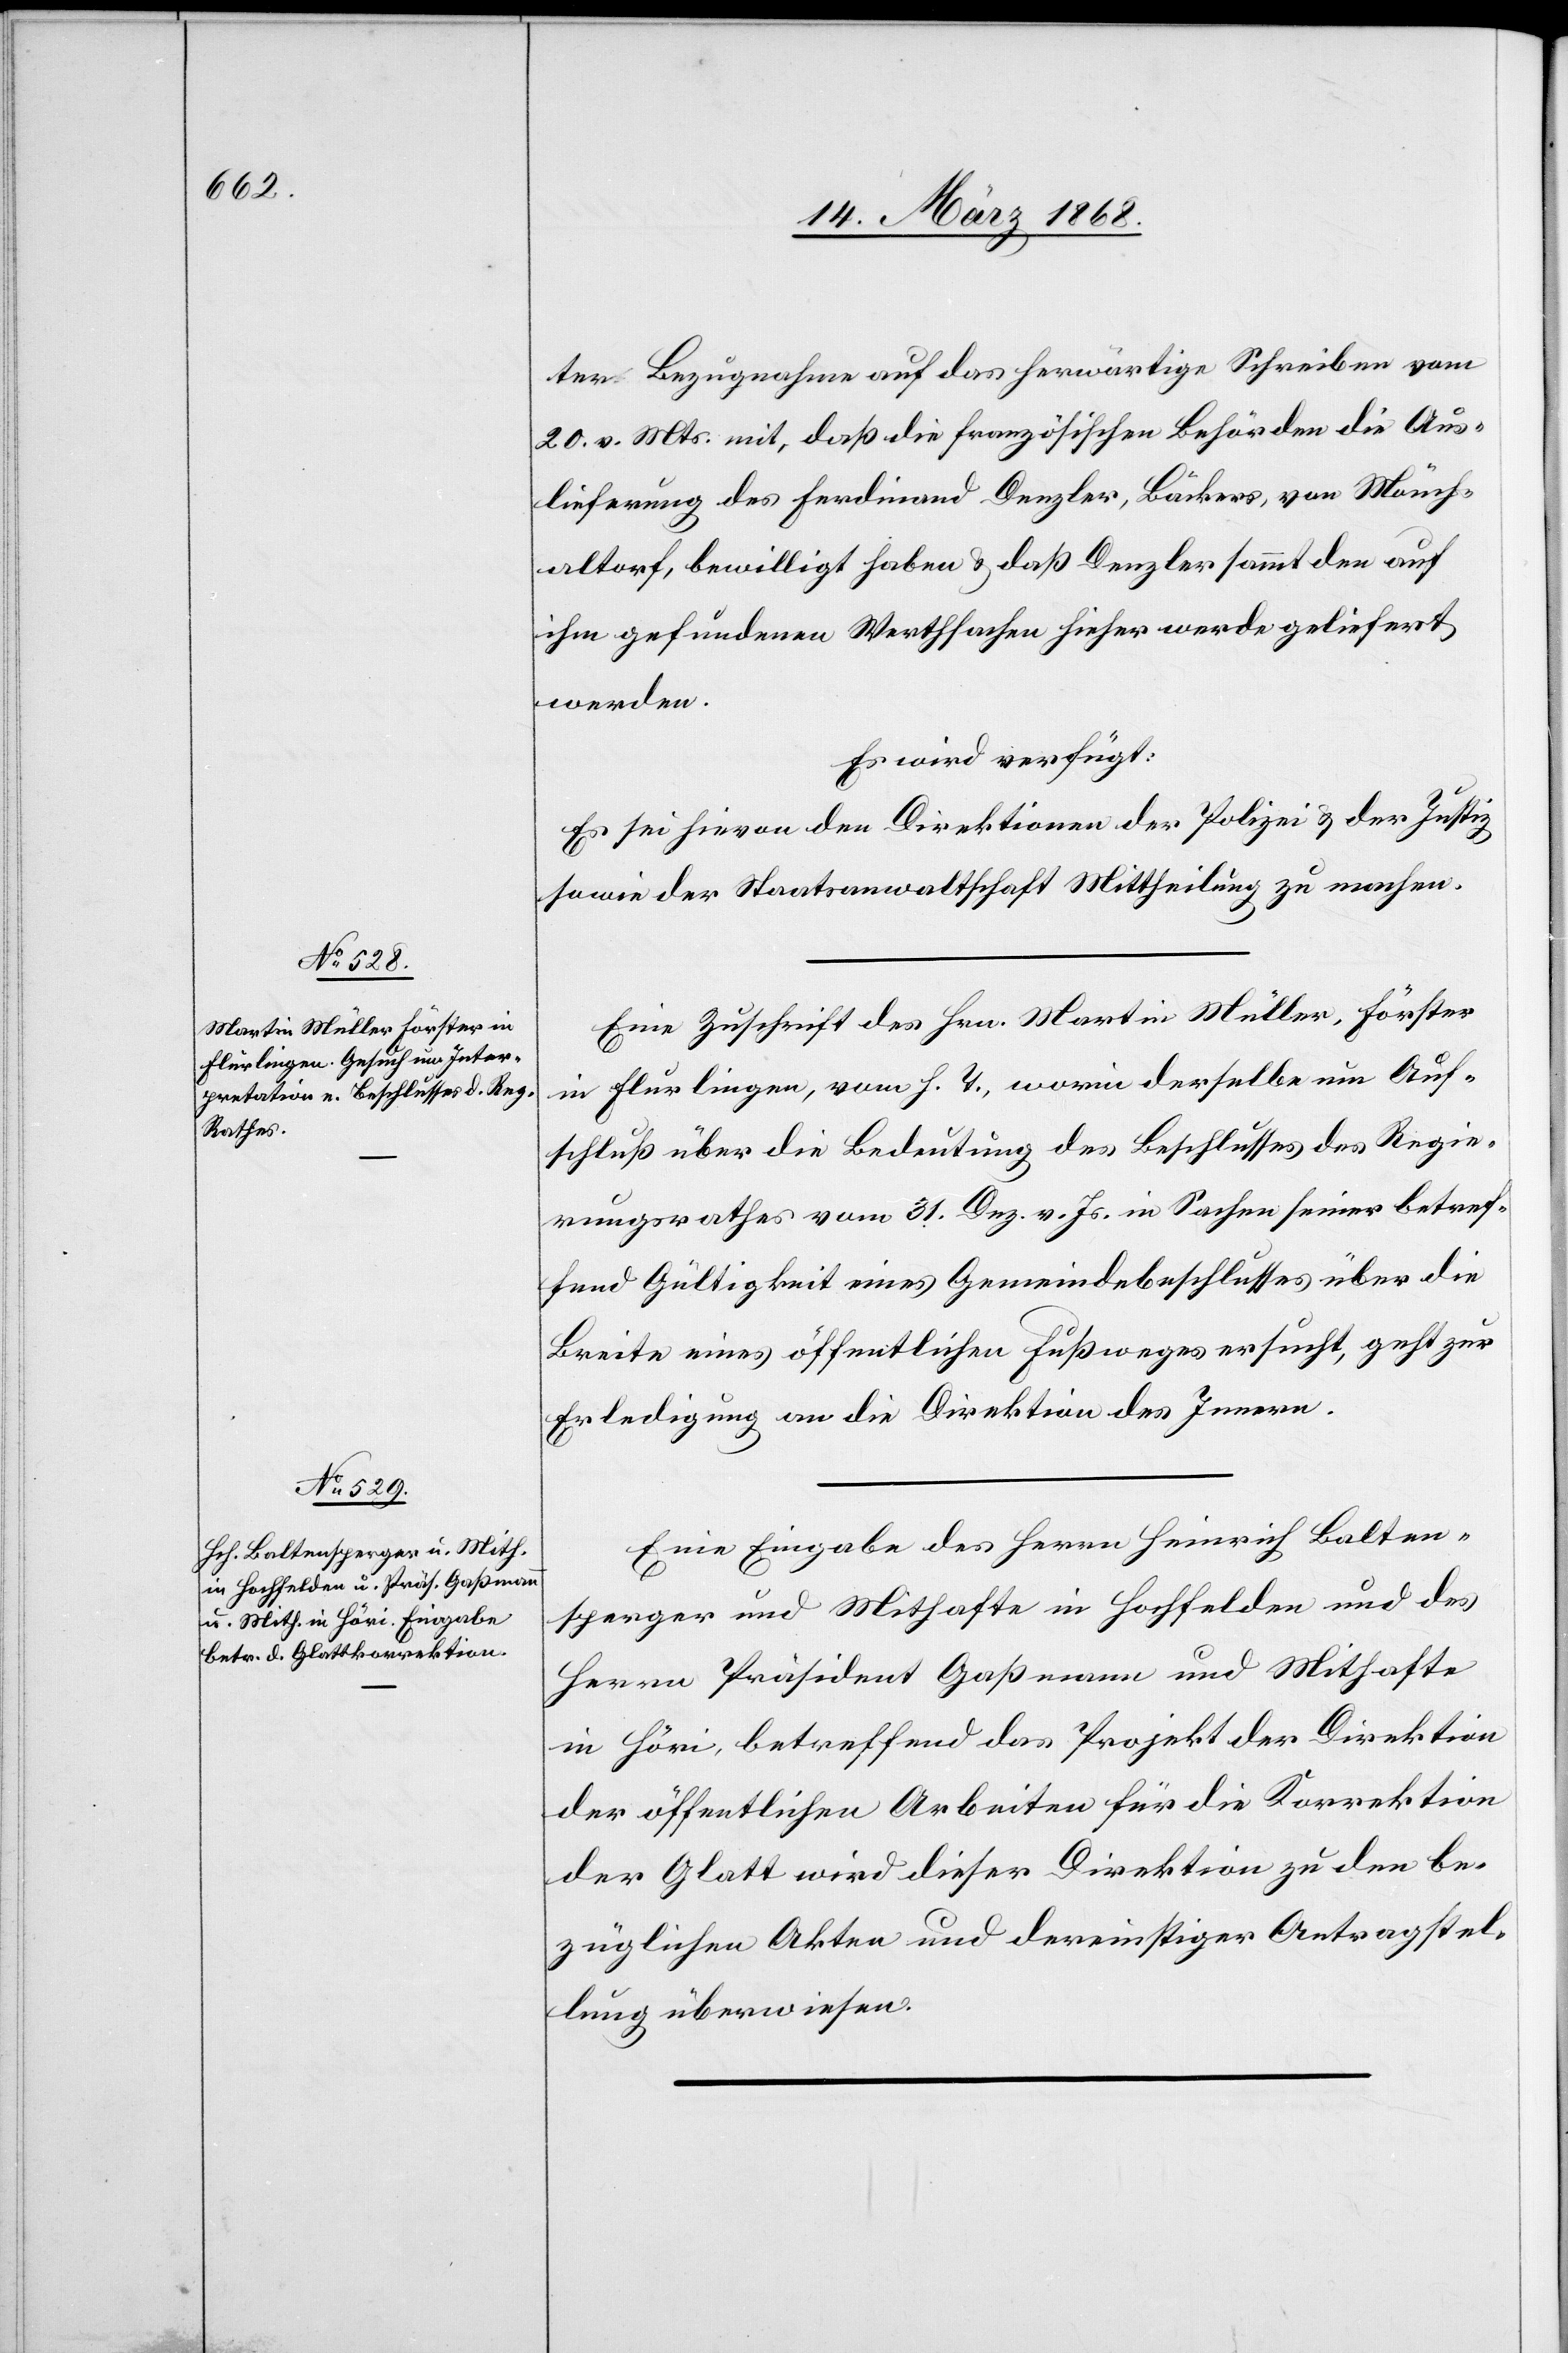
18. März 1868.]
ter Bezugnahme auf das herwärtige Schreiben vom
20. v. Mts. mit, daß die französischen Behörden die Aus¬
lieferung des Ferdinand Denzler, Bäckers, von Mönch¬
altorf, bewilligt haben & daß Denzler sammt den auf
ihm gefundenen Werthsachen hieher werde geliefert
werden.
Es wird verfügt:
Es sei hievon den Direktionen der Polizei & der Justiz
sowie der Staatsanwaltschaft Mittheilung zu machen.
Eine Zuschrift des Hrn. Martin Müller, Förster
in Flurlingen, vom h. T., worin derselbe um Auf¬
schluß über die Bedeutung des Beschlusses des Regie¬
rungsrathes vom 31. Dez. v. Js. in Sachen seiner betref¬
fend Gültigkeit eines Gemeindebeschlusses über die
Breite eines öffentlichen Fußweges ersucht, geht zur
Erledigung an die Direktion des Innern.
Eine Eingabe des Herrn Heinrich Balten¬
sperger und Mithafte in Hochfelden und des
Herrn Präsident Gaßmann und Mithafte
in Höri, betreffend das Projekt der Direktion
der öffentlichen Arbeiten für die Korrektion
der Glatt wird dieser Direktion zu den be¬
züglichen Akten und dereinstiger Antragstel¬
lung überwiesen.